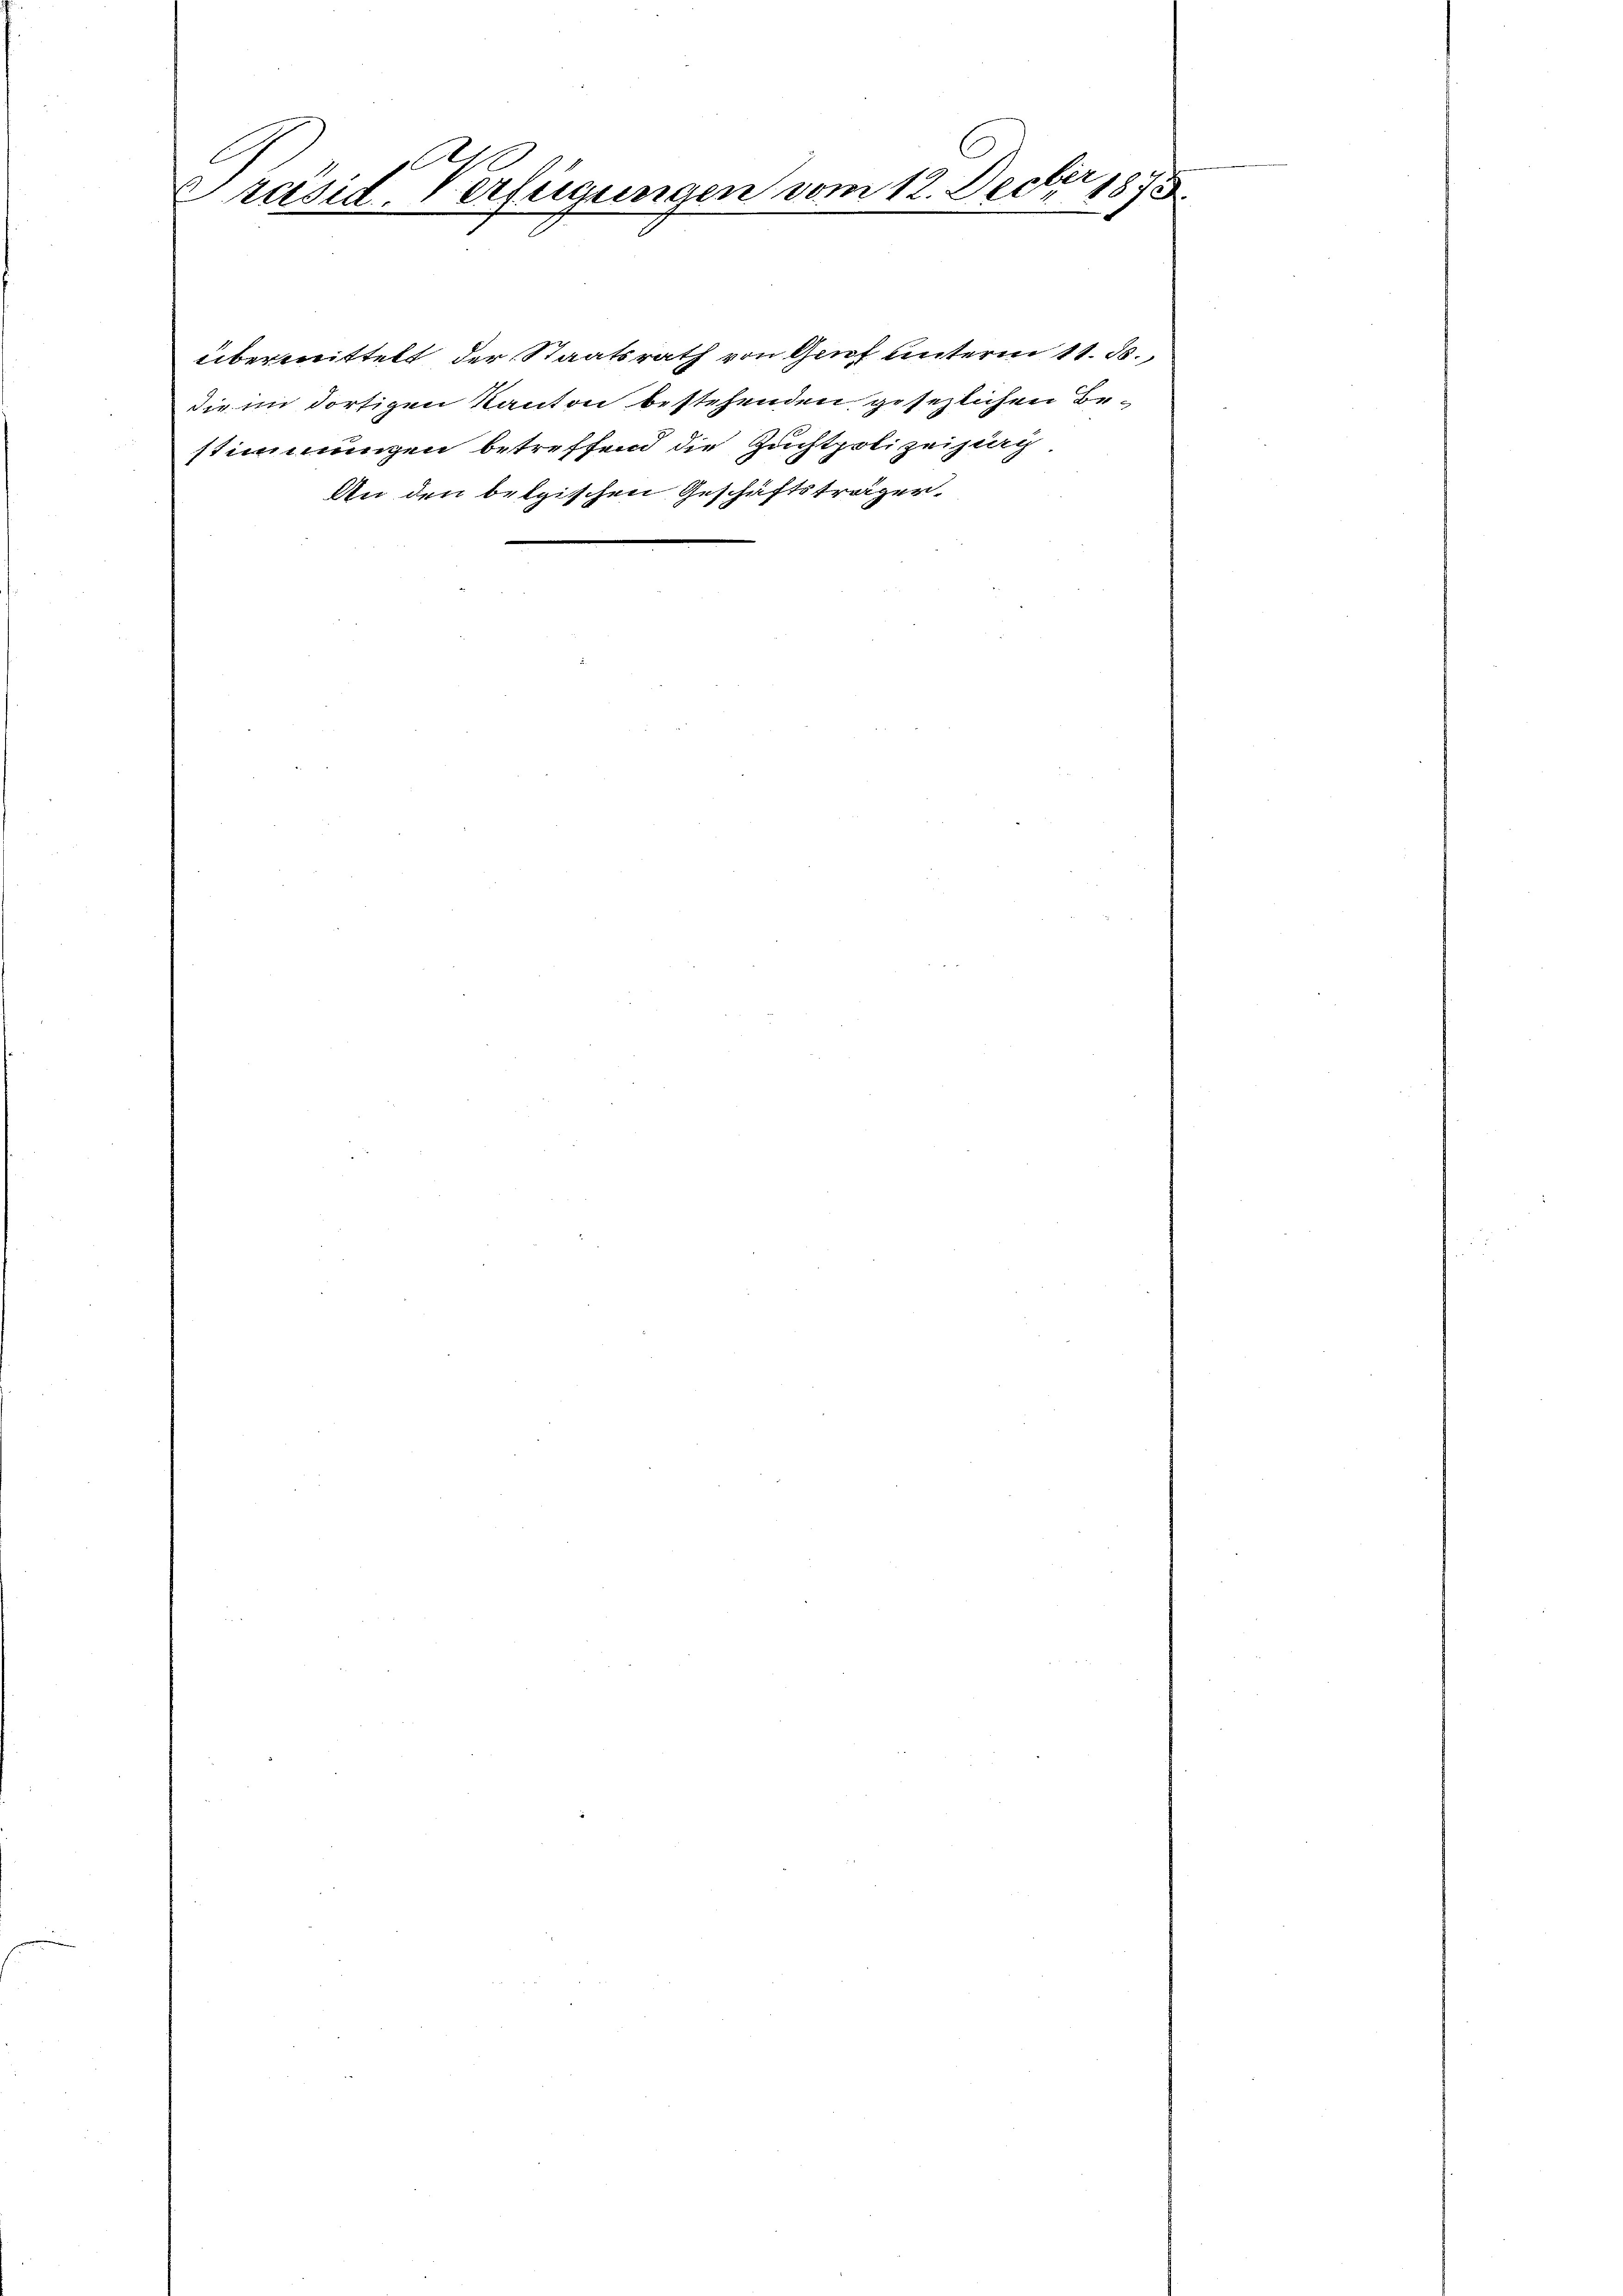
2
e
.
1873
Präsid. Verfügungen vom 12. Decr
h
.

übermittelt der Staatsrath von Genf unterm 11. d.
die im dortigen Kanton bestehenden gesezlichen Bestimmungen betreffend die Zuchtpolizeizig
An den belgischen Geschäftsträger,